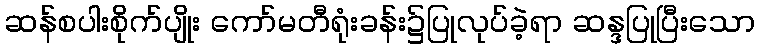
ဆန်စပါးစိုက်ပျိုး ကော်မတီရုံးခန်း၌ပြုလုပ်ခဲ့ရာ ဆန္ဒပြုပြီးသော